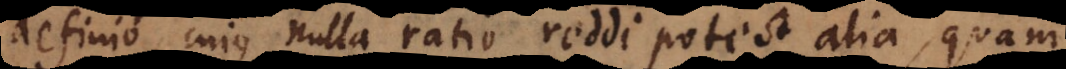
definio cujus nulla ratio reddi potest alia quam